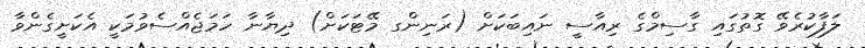
ލަފާކުރެވޭ ގޮތުގައި ގާސިމްގެ ރިއާސީ ނައިބަކަށް (ރަނިންގ މޭޓަކަށް) ދިޔާނާ ހަމަޖެއްސެވުމަކީ އެކަށީގެންވާ